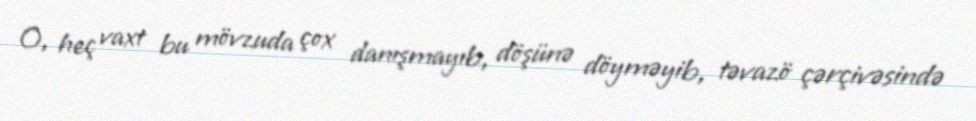
O, heç vaxt bu mövzuda çox danışmayıb, döşünə döyməyib, təvazö çərçivəsində